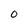
Character: 0